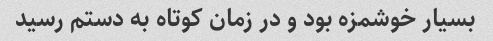
بسیار خوشمزه بود و در زمان کوتاه به دستم رسید